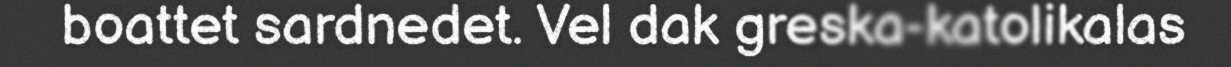
boattet sardnedet. Vel dak greska-katolikalas